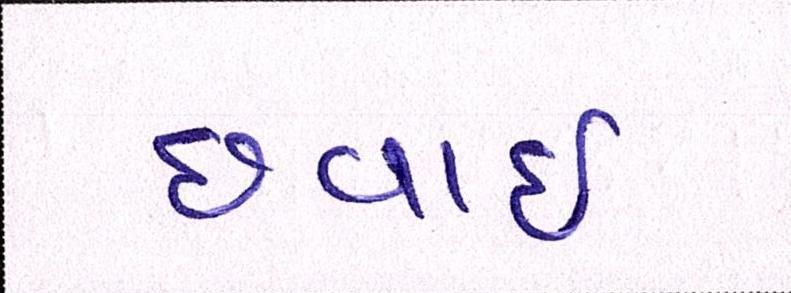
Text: છવાઇ